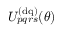
U _ { p q r s } ^ { ( \mathrm { { d q } ) } } ( \theta )